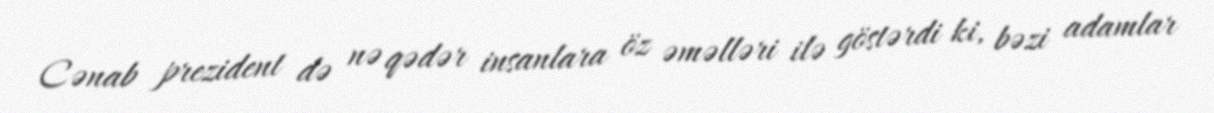
Cənab prezident də nə qədər insanlara öz əməlləri ilə göstərdi ki, bəzi adamlar